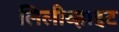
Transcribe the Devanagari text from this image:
लिलीव्हाइट